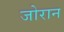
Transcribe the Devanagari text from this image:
जोरान